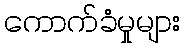
ကောက်ခံမှုများ